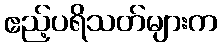
ဧည့်ပရိသတ်များက